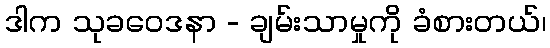
ဒါက သုခဝေဒနာ - ချမ်းသာမှုကို ခံစားတယ်၊